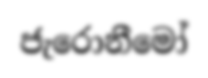
ජැරොනීමෝ